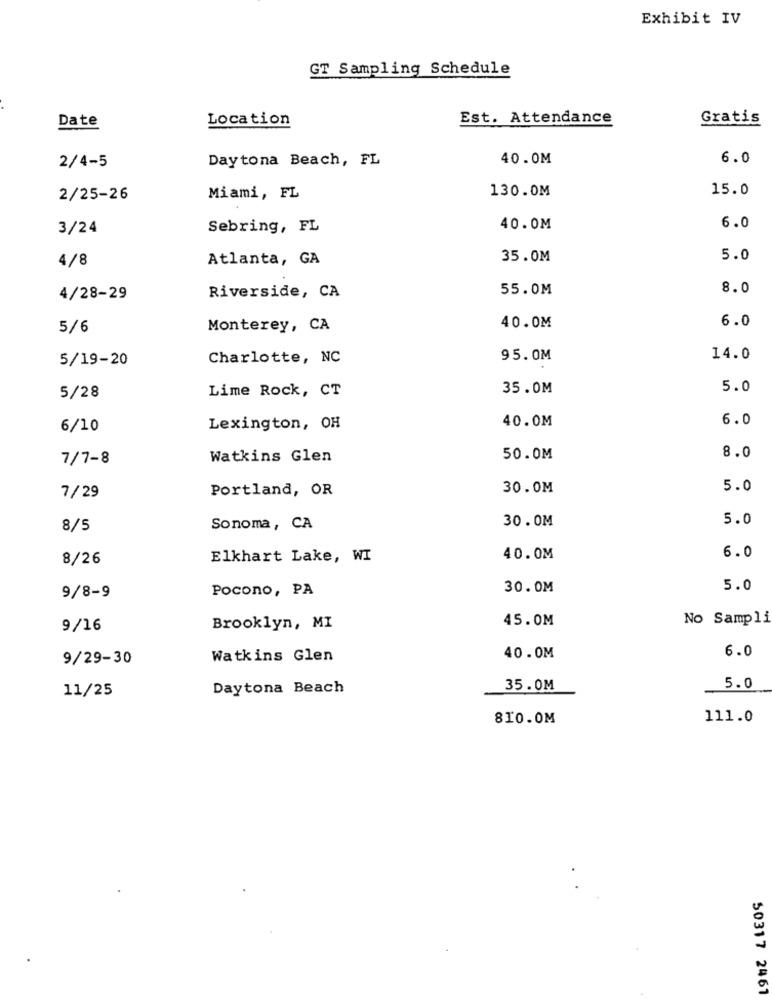
Exhibit IV
GT Sampling Schedule
Location
Est. Attendance
Gratis
Date
Daytona Beach, FL
40.0M
6.0
2/4-5
130.0M
15.0
2/25-26
Miami, FL
3/24
Sebring, FL
40.0M
6.0
4/8
Atlanta, GA
35.0M
5.0
Riverside, CA
55.0M
8.0
4/28-29
6.0
5/6
Monterey, CA
40.0M
5/19-20
Charlotte, NC
95.0M
14.0
Lime Rock, CT
35.0M
5.0
5/28
6.0
6/10
Lexington, OH
40.0M
8.0
7/7-8
Watkins Glen
50.0M
Portland, OR
30.0M
5.0
7/29
30.0M
5.0
8/5
Sonoma, CA
6.0
8/26
Elkhart Lake, WI
40.0M
Pocono, PA
30.0M
5.0
9/8-9
45.0M
No Sampli
9/16
Brooklyn, MI
6.0
9/29-30
Watkins Glen
40.0M
11/25
Daytona Beach
35.0M
5.0
810.0M
111.0
50317 2467